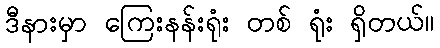
ဒီနားမှာ ကြေးနန်းရုံး တစ် ရုံး ရှိတယ်။